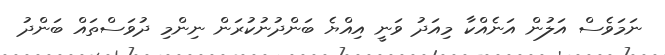
ނަމަވެސް އަލުން އަނެއްކާ މިއަދު ވަނީ އިއްޔެ ބަންދުނުކުރަން ނިންމި ދުވަސްތައް ބަންދު